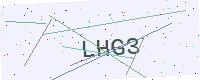
Text: LHG3